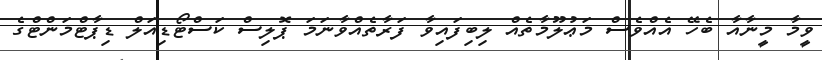
ވީމާ މީނާއާ ބެހޭ އެއްވެސް މަޢުލޫމާތެއް ލިބިފައިވާ ފަރާތެއްވާނަމަ ޕޮލިސް ކަސްޓޯޑިއަލް ޑިޕާޓްމަންޓްގެ